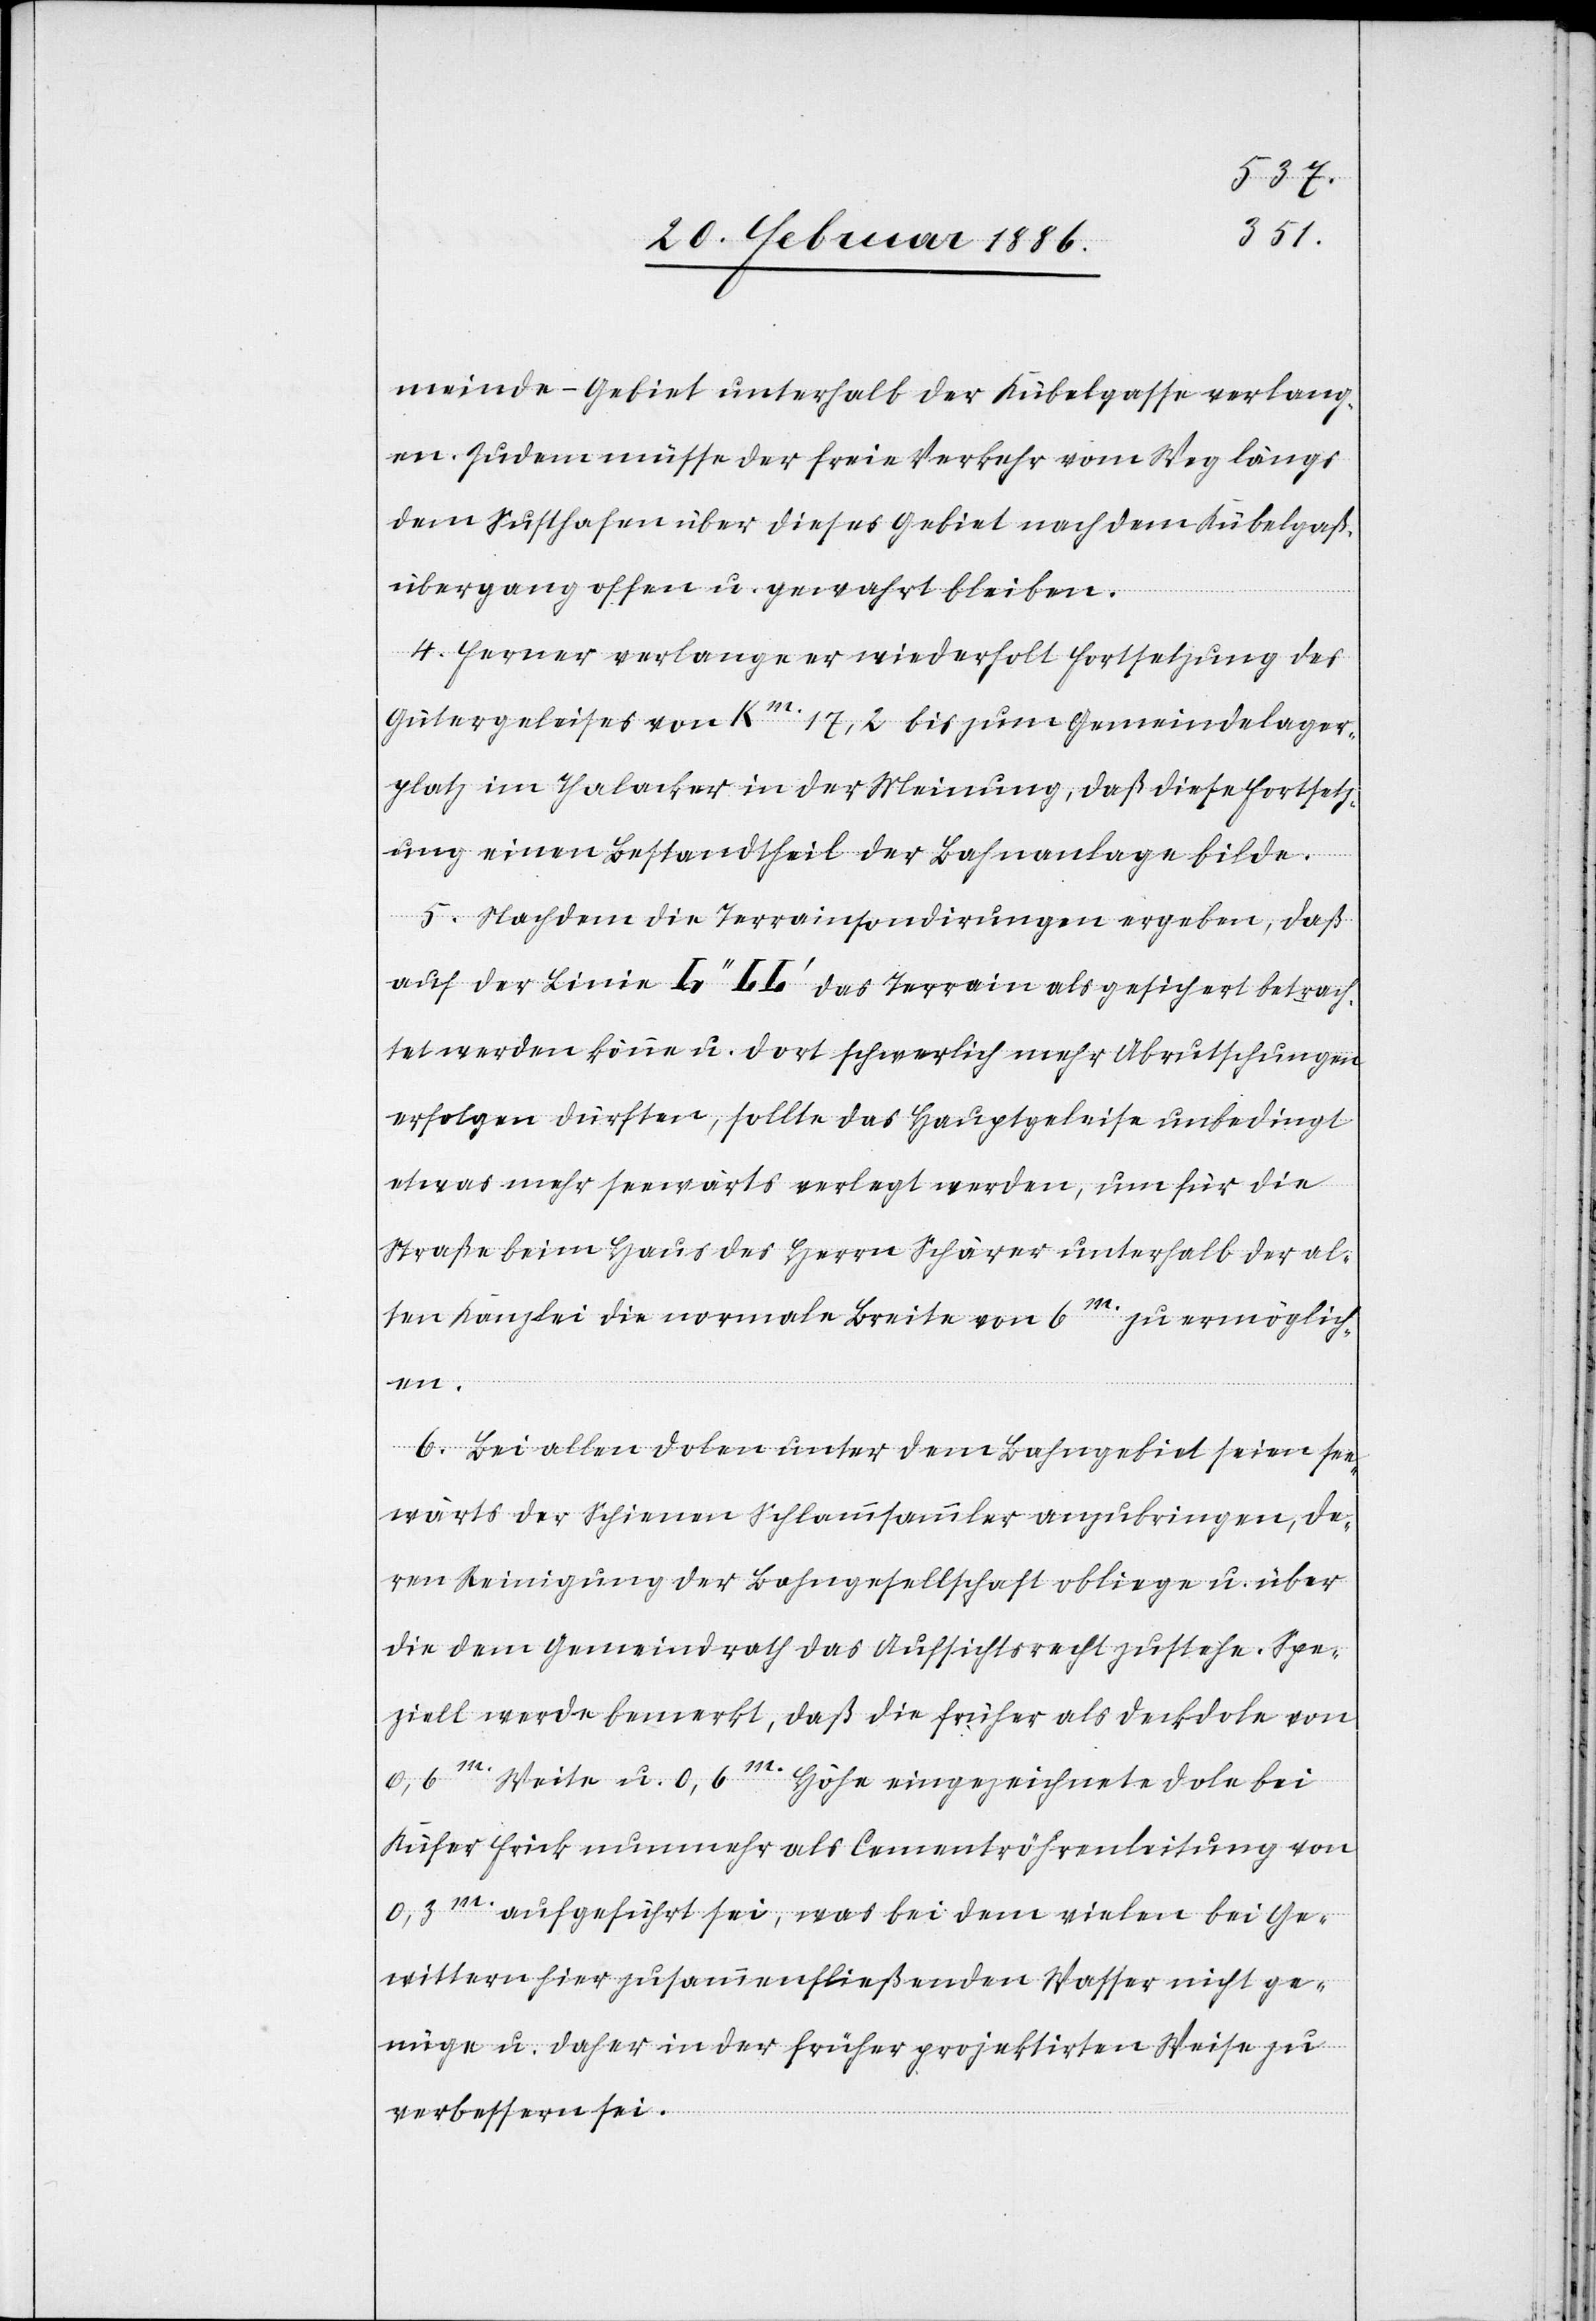
meinde-Gebiet unterhalb der Kübelgasse verlang¬
en. Zudem müsse der freie Verkehr vom Weg längs
dem Susthafen über dieses Gebiet nachdem Kübelgaß¬
übergang offen u. gewahrt bleiben.
4. Ferner verlange er wiederholt Fortsetzung des
Gütergeleises von Km. 17,2 bis zum Gemeindelager¬
platz im Thalacker in der Meinung, daß diese Fortsetz¬
ung einen Bestandtheil der Bahnanlage bilde.
5. Nachdem die Terrainsondirungen ergeben, daß
auf der Linie L’’ LL’ das Terrain als gesichert betrach¬
tet werden könne u. dort schwerlich mehr Abrutschungen
erfolgen dürften, sollte das Hauptgeleise unbedingt
etwas mehr seewärts verlegt werden, um für die
Straße beim Haus des Herrn Schärer unterhalb der al¬
ten Kanzlei die normale Breite von 6m. zu ermöglich¬
en.
6. Bei allen Dolen unter dem Bahngebiet seien see¬
wärts der Schiene Schlammsammler anzubringen, de¬
ren Reinigung der Bahngesellschaft obliege u. über
die dem Gemeindrath das Aufsichtsrecht zustehe. Spe¬
ziell werde bemerkt, daß die früher als Deckdole von
0,6m. Weite u. 0,6m. Höhe eingezeichnete Dole bei
Küfer Frick nunmehr als Cementröhrenleitung von
0,3m. aufgeführt sei, was bei dem vielen bei Ge¬
witter hier zusammenfließenden Wasser nicht ge¬
nüge u. daher in der früher projektirten Weise zu
verbessern sei.